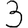
Digit: 3